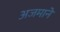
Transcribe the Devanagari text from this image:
अजमाने